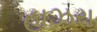
હાઝરા